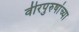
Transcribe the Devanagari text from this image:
वीरपुरुषांच्या